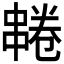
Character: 𫡌